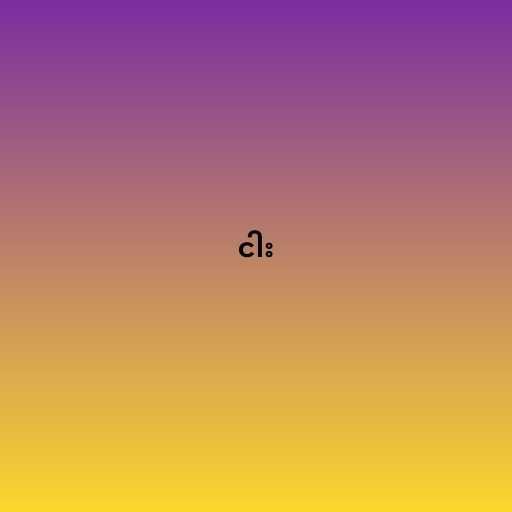
ငါး